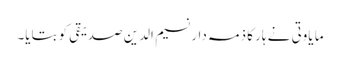
ما یاوتی نے ہار کا ذمہ دار نسیم الدین صدیقی کو بتایا۔